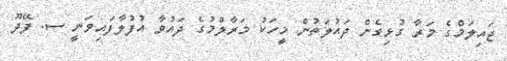
ޖައިލަމްގެ މަރާ ގުޅިގެން ދައުލަތުން މީހަކު މަރާލުމުގެ ދައުވާ އުފުލާފައިވަނީ ސ. ފޭދޫ